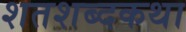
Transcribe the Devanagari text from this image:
शतशब्दकथा